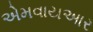
એમવાયઆર